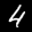
Label: 4